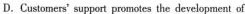
D.Castones'suppot pomsces the ierekpnent of t